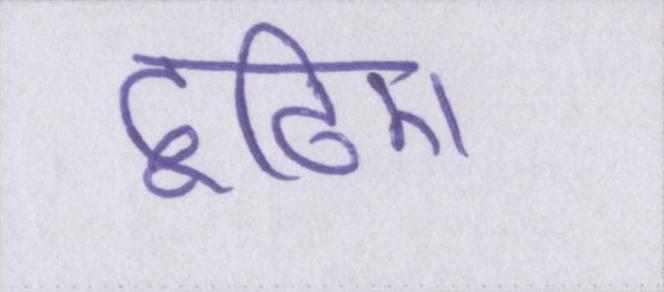
ढूंढिए